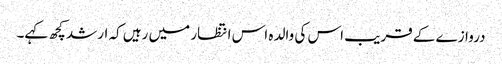
دروازے کے قریب اس کی والدہ اس انتظار میں رہیں کہ ارشد کچھ کہے۔